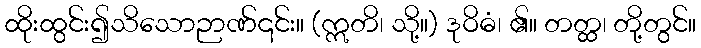
ထိုးထွင်း၍သိသောဉာဏ်၎င်း။ (ဣတိ၊ သို့။) ဒုဝိဓံ၊ ၏။ တတ္ထ၊ တို့တွင်။